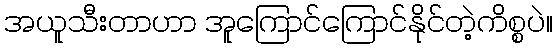
အယူသီးတာဟာ အူကြောင်ကြောင်နိုင်တဲ့ကိစ္စပဲ။